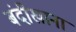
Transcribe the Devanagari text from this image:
बंदीखाना